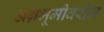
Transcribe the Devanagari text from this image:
अग्रभूमीवरील